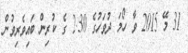
31 މޭ 2015 ވާ ހޯމަ ދުވަހުގެ 2.30 ގެ ކުރިން ބައިވެރިވުން